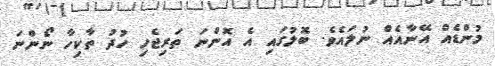
މުންޑެއް އޭނާއެއް ނުލައެވެ. ބޮލުގައި އެ އޮންނަ ތަރިޖެހި ހުދު ތާކިހާ ނޯންނަ